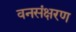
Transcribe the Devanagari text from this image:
वनसंक्षरण